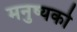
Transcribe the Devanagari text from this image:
मनुष्यको